Vaccine operations Central Provinces 1868-1885 - 1868-1885
Year: 1868
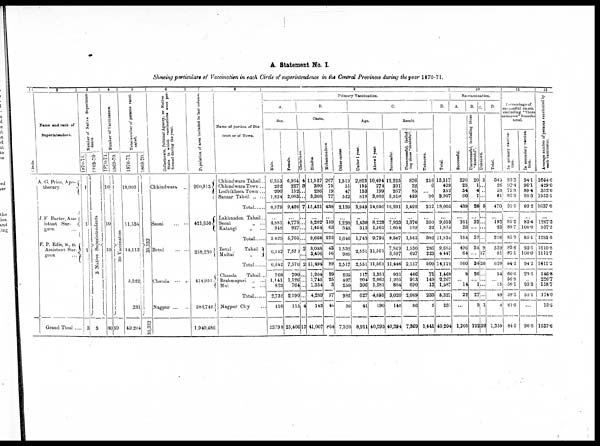
A. Statement No. I.
Showing particulars of Vaccination in each Circle of superintendence in the Central Provinces during the year 1870-71.
1
Circle.
2
Name and rank of
Superintendent.
A. G. Price, Apo¬
thecary.
J.F. Barter, Ass¬
isstant Sur¬
geon
...
F. P. Edis, M., D.
Assistant Sur¬
geon ...
Grand Ttoal ....
3
Number of Native Superinten-
dents
1870-71.
1
1
1
3
1869-70.
3 Native Superintendents
3
4
Number of Vaccinators.
1870-71.
10
10
10
30
1869-70.
30 Vaccinators
30
5
Total number of persons vacci-
nated.
1870-71.
18,005
11,534
14,112
5,322
231
49,204
1869-70.
35,332
35,332
6
Collectorate, Political Agency, or Native
State in which vaccinations were per-
formed during the year.
Chhindwara
..
Seoni
... ...
Betul
... ...
Chanda
...
...
Nagpur ... ...
7
Pepulation of area included in last column.
260,913
421,650
258,230
414,951
584,742
1,940,486
8
Name of portion of Dis¬
trict or Town.
Chhindwara Tahsil..
Chhindwara Town...
Lodhikhera Town ...
Sausar Tahsil „ ...
Total......
Lakhnadon Tahsil..
Seoni
„ ...
Katangi
„ ...
Total......
Betul
Tahsil
Multai
„
Total......
Chanda
Tahsil ...
Brahmapuri „ ...
Mul
„ ...
Total. ......
Nagpur City ...
9
Primary Vaccination.
A.
Sex.
Male.
6,353
202
200
1,824
8,579
...
4,881
948
5,829
6,542
6,542
768
1,141
823
2,732
116
23798
Female.
6,964
227
152
2,083
9,426
...
4,778
927
5,705
7,570
7,570
700
1,126
764
2,590
115
25,406
B
Caste.
Christians
4
3
...
...
7
...
...
...
...
2
...
2
...
...
...
...
4
13
Hindus.
11,527
300
286
3,308
15,421
...
8,202
1,464
9,666
8,088
3,406
11,494
1,204
1,745
1,334
4,283
143
41,007
Mohammadans
267
75
19
77
438
...
159
63
222
43
56
99
29
25
3
57
48
864
Other castes.
1,519
51
47
522
2,139
1,298
348
1,646
1,532
985
2,517
235
497
250
982
36
7,320
C.
Age.
Under 1 year.
2,823
155
153
818
3,949
...
1,430
313
1,743
2,551
2,551
117
204
306
627
41
8,911
Above 1 year.
10,494
274
199
3,089
14,056
...
8,229
1,562
9,791
11,561
11,561
1,351
2,063
1,281
4,695
190
40,293
Result.
Successful.
12,225
391
267
3,318
16,201
...
7,933
1,654
9,587
7,849
3,597
11,446
931
1,205
884
3,020
140
40,394
Unsuccessful, includ-
ing those "doubtful".
876
32
85
499
1,492
...
1,376
189
1,565
1,530
627
2,157
466
913
690
2,069
86
7,369
Unknown.
216
6
...
90
312
...
350
32
382
286
223
509
71
149
13
233
5
1,441
D.
Total
13,317
429
352
3,907
18,005
...
9,659
1,875
11,534
9,665
4,447
14,112
1,468
2,267
1,587
5,322
231
49,204
10
Re-vaccination.
A.
Successful.
320
25
34
60
439
...
161
23
184
496
64
560
8
...
14
22
...
1,205
B.
Unsuccessful, including those
"doubtful".
20
1
4
1
26
...
32
...
32
34
...
34
26
...
1
27
3
122
C.
Unknown.
5
...
...
...
5
...
...
...
...
9
17
26
...
...
...
...
1
32
D.
Total.
345
26
38
61
470
...
193
23
216
539
81
620
34
...
15
49
4
1,359
11
Percentage of
successful cases,
excluding "those
unknown" fromthe
total.
In primary vaccina-
tion.
93.3
92.4
75.8
86.9
91.5
...
85.2
89.7
85.9
83.6
85.1
84.1
66.6
56.8
56.1
59.3
61.9
84.5
In secondary vaccina-
tion.
94.1
96.1
89.4
98.3
93.2
...
83.4
100.0
85.1
93.5
100.0
94.2
23.5
...
93.3
55.1
...
90.8
12
Average number of persons vaccinated by
each vaccinator.
1664.6
429.0
352.0
1953.5
1637.0
...
1207.3
937.5
1281.5
1610.8
1111.7
1411.2
146.8
226.7
158.7
174.0
13.5
1537.6